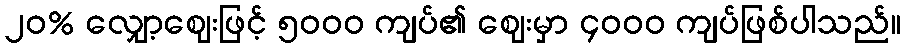
၂၀% လျှော့ဈေးဖြင့် ၅၀၀၀ ကျပ်၏ ဈေးမှာ ၄၀၀၀ ကျပ်ဖြစ်ပါသည်။